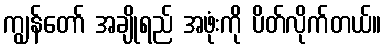
ကျွန်တော် အချိုရည် အဖုံးကို ပိတ်လိုက်တယ်။